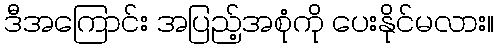
ဒီအကြောင်း အပြည့်အစုံကို ပေးနိုင်မလား။